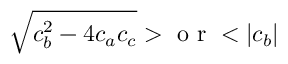
\sqrt { c _ { b } ^ { 2 } - 4 c _ { a } c _ { c } } > \mathrm { ~ o ~ r ~ } < | c _ { b } |